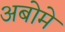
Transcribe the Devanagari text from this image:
अबोमे